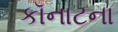
કૉનાટના